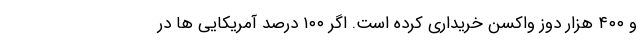
و ۴۰۰ هزار دوز واکسن خریداری کرده است. اگر ۱۰۰ درصد آمریکایی ها در